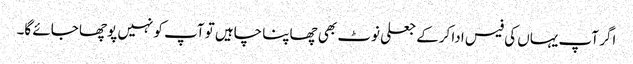
اگر آپ یہاں کی فیس ادا کرکے جعلی نوٹ بھی چھاپنا چاہیں تو آپ کو نہیں پوچھا جائے گا۔